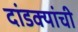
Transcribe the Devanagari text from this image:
दांडक्यांची